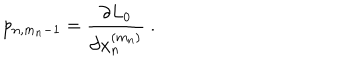
p _ { n , m _ { n } - 1 } = \frac { \partial L _ { 0 } } { \partial x _ { n } ^ { ( m _ { n } ) } } \ .